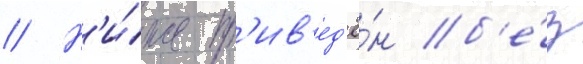
// Н'и́же пр'ив'ед'ё́н б'е́з